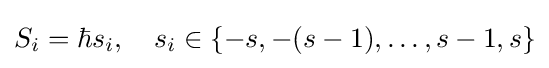
S_{i}=\hbar s_{i},\quad s_{i}\in \{-s,-(s-1),\dots ,s-1,s\}